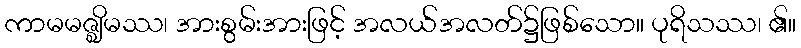
ကာမမဇ္ဈိမဿ၊ အားစွမ်းအားဖြင့် အလယ်အလတ်၌ဖြစ်သော။ ပုရိသဿ၊ ၏။